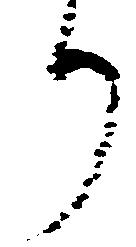
り